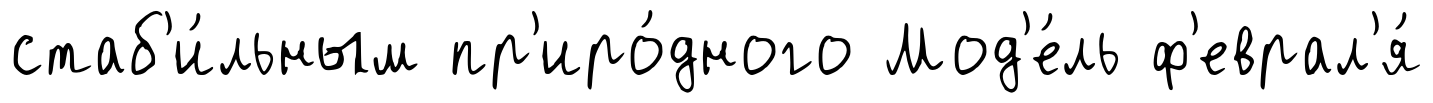
стаб'и́льным пр'иро́дного Мод'е́ль ф'еврал'я́